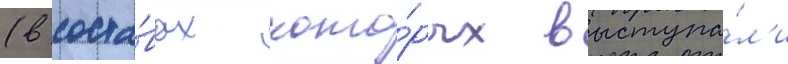
(в соста́вах кото́рых выступа́л'и